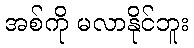
အစ်ကို မလာနိုင်ဘူး